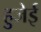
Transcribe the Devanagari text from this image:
हुजेई